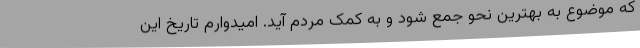
که موضوع به بهترین نحو جمع شود و به کمک مردم آید. امیدوارم تاریخ این